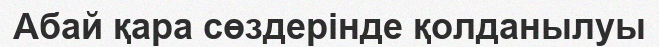
Абай қара сөздерінде қолданылуы